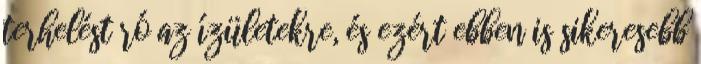
terhelést ró az ízületekre, és ezért ebben is sikeresebb